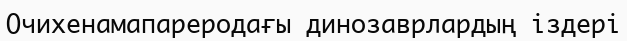
Очихенамапареродағы динозаврлардың іздері